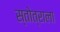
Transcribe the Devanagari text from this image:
स्तोत्राला